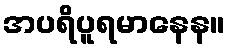
အပရိပူရမာနေန။